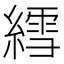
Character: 𫃽